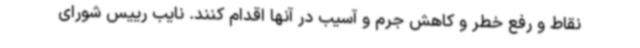
نقاط و رفع خطر و کاهش جرم و آسیب در آنها اقدام کنند. نایب رییس شورای